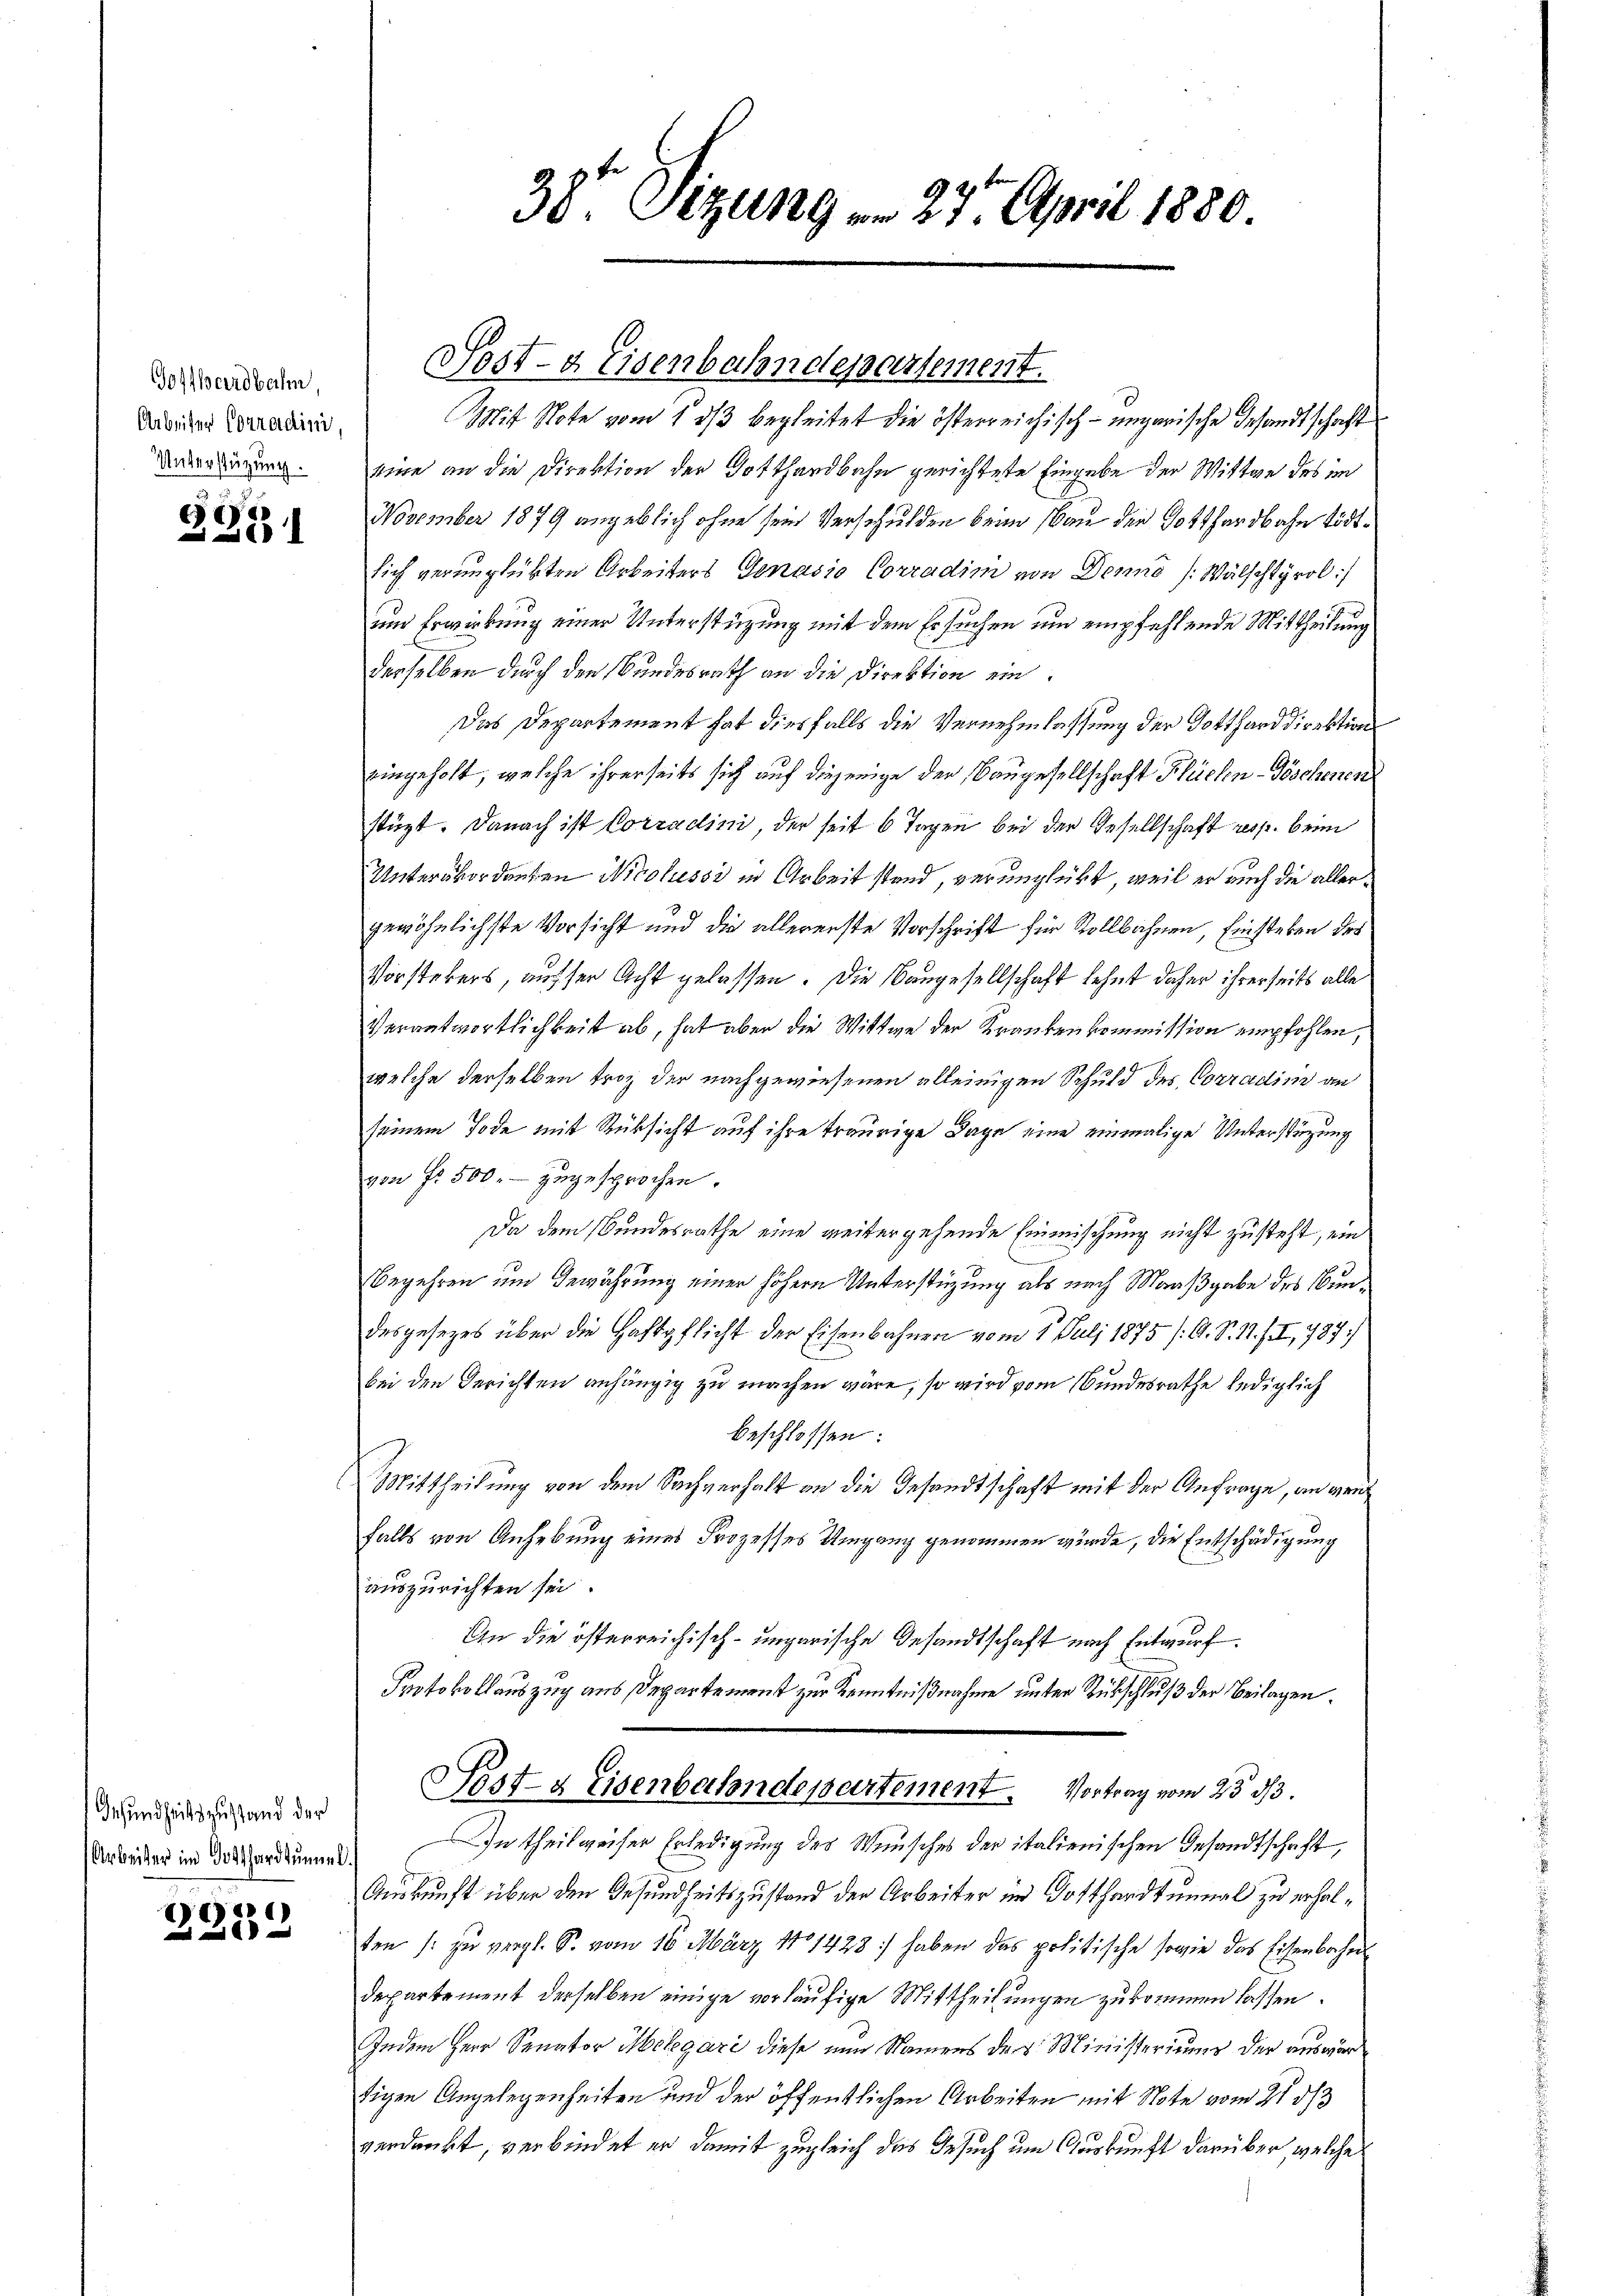
Gotthardbahn,
Arbeiter Corradini,
Unterstüzung.

.
E
223

Gesundheitszustand der
Arbeiter im Gotthardtummel.

16

38te Sitzung am 27. April 1880

Sost- & Eisenbahndepartement.

Mit Note vom 13/3 begleitet die österreichisch-ungarische Gesandtschaft
Eine an die Direktion der Gotthardbahn gerichtete Eingabe der Wittwe des im
November 1879 angeblich ohne sein Verschulden beim Bau der Gotthardbahn tödtsich verunglükten Arbeiters Genasio Corradim von Denno (Wälschtyrol:/
um Erwirkung einer Unterstüzung mit dem Ersuchen und empfehlende Mittheilung
derselben durch den Bundesrath an die Direktion ein
Das Departement hat diesfalls die Vernehmlassung der Gottharddirektion
eingeholt, welche ihrerseits sich auf diejenige der Baugesellschaft Flüchen-Töschenen
stüzt. Danach ist Corradini, der seit 6 Tagen bei der Gesellschaft resp. beim
Unterbordenten Nicolessi in Arbeit stand, verunglückt, weil er auch die allergewöhnlichste Vorsicht und die allererste Vorschrift für Vollbahnen, Einstehen des
Vorstehers, ausser Acht gelassen. Die Bangesellschaft lehnt daher ihrerseits alle
Verantwortlichkeit ab, hat aber die Wittwe der Krankenkommission empfohlen,
welche derselben troz der nachgewiesenen alleinigen Schuld des Conradin an
seinem Tode mit Rücksicht auf ihre traurige Tage eine einmalige Unterstüzung
von Fr. 500. zugesprochen.
Da dem Bundesrathe eine weitergehende Einmischung nicht zusteht, ein
Begehren um Gewährung einer höhern Unterstüzung als nach Maaßgabe des Bundesgesezes über die Haftpflicht der Eisenbahnen vom 1. Juli 1875 (O. S. 14. / I, 787
bei den Berichten anhängig zu machen wäre, so wird vom Bundesrathe lediglich
beschlossen:
Mittheilung von dem Sachverhalt an die Gesandtschaft mit der Anfrage, an gen
falls von Anhebung eines Prozesses Umgang genommen würde, die Entschädigung
auszurichten sei.
An die österreichisch-ungarische Gesandtschaft nach Entwurf.
Protokollauszug aus Departement zur Kenntnißnahme unter Rückschluß der Beilagen.
Post- & Eisenbahndepartement. Vortrag vom 23 3/3.
In theilweiser Erledigung des Wunsches der italienischen Gesandtschaft,
Auskunft über den Gesundheitszustand der Arbeiter im Gotthardtunnal zu erhalten /: zu vergl. S. vom 16. März 181428 :/ haben das politische sowie das Eisenbachen
departement derselben einige vorläufige Mittheilungen zukommen lassen.
Indem Herr Senator Melegari diese nun Namens des Ministeriums der auswär
tigen Angelegenheiten und der öffentlichen Arbeiten mit Note vom 21. 33
verdankt, verbindet er damit zugleich das Gesuch um Auskunft darüber, welche